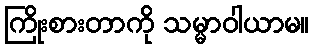
ကြိုးစားတာကို သမ္မာဝါယာမ။